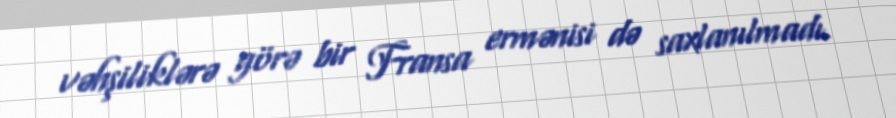
vəhşiliklərə görə bir Fransa ermənisi də saxlanılmadı.